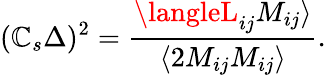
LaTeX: (\mathbb{C}_{s}\Delta)^{2}=\frac{{\langleL_{ij}M_{ij}\rangle}}{{\langle2M_{ij}M_{ij}\rangle}}.